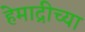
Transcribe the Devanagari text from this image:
हेमाद्रीच्या